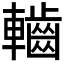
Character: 𮝱